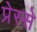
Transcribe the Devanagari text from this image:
प्रेस्से